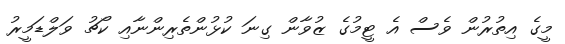
މީގެ އިތުރުން ވެސް އެ ޓީމުގެ ޒުވާން ގިނަ ކުޅުންތެރިންނާއި ކޯޗު ވަލްޑަމީރު